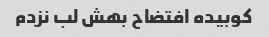
کوبیده افتضاح بهش لب نزدم